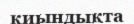
қиындықта